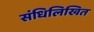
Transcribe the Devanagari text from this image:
संधिलिखित